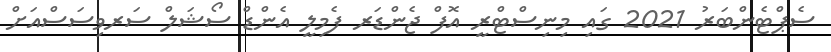
ސެޕްޓެންބަރު 2021 ގައި މިނިސްޓްރީ އޮފް ޖެންޑަރ ފެމިލީ އެންޑް ސޯޝަލް ސަރވިސަސްއަށް